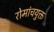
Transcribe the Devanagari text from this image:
रोमांचयुक्त